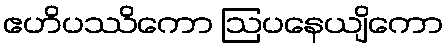
ဧဟိပဿိကော ဩပနေယျိကော